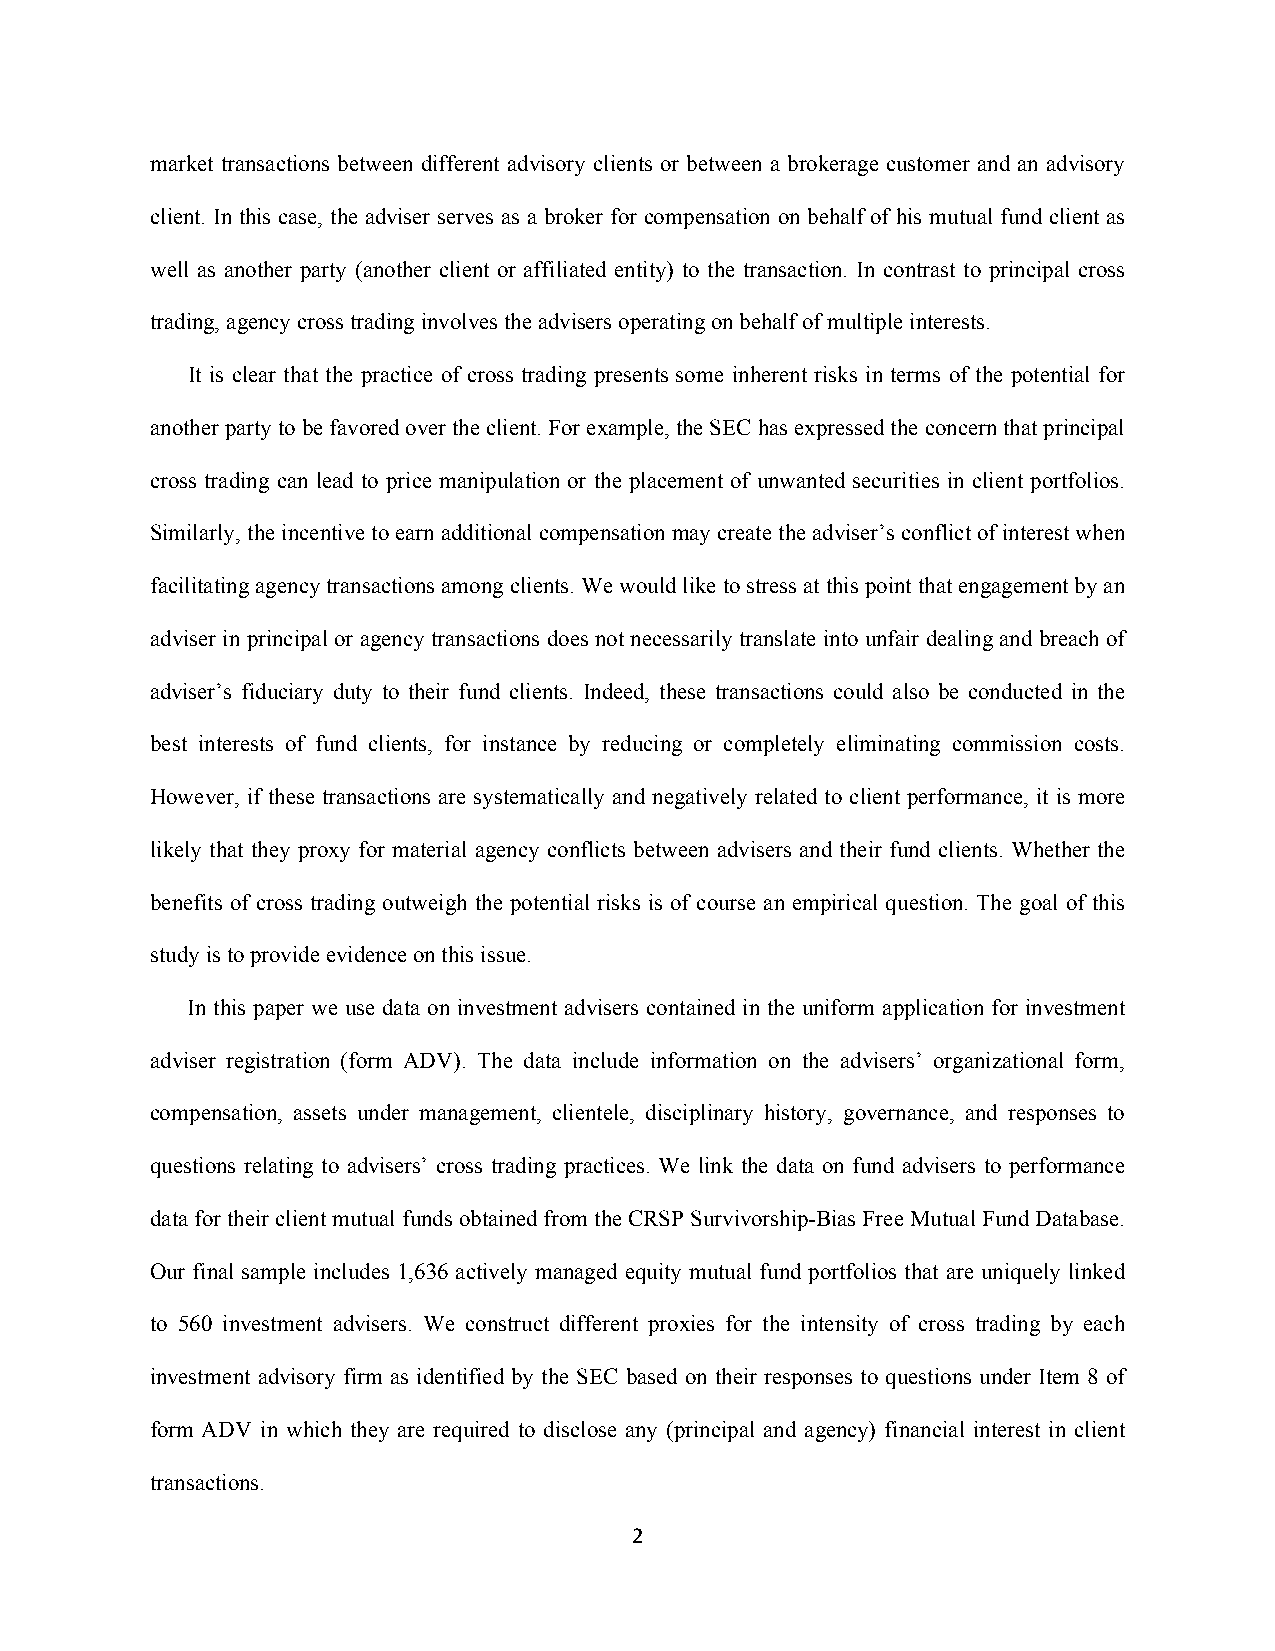
market transactions between different advisory clients or between a brokerage customer and an advisory
 client. In this case, the adviser serves as a broker for compensation on behalf of his mutual fund client as
 well as another party (another client or affiliated entity) to the transaction. In contrast to principal cross
 trading, agency cross trading involves the advisers operating on behalf of multiple interests.
 It is clear that the practice of cross trading presents some inherent risks in terms of the potential for
 another party to be favored over the client. For example, the SEC has expressed the concern that principal
 cross trading can lead to price manipulation or the placement of unwanted securities in client portfolios.
 Similarly, the incentive to earn additional compensation may create the adviser’s conflict of interest when
 facilitating agency transactions among clients. We would like to stress at this point that engagement by an
 adviser in principal or agency transactions does not necessarily translate into unfair dealing and breach of
 adviser’s fiduciary duty to their fund clients. Indeed, these transactions could also be conducted in the
 best interests of fund clients, for instance by reducing or completely eliminating commission costs.
 However, if these transactions are systematically and negatively related to client performance, it is more
 likely that they proxy for material agency conflicts between advisers and their fund clients. Whether the
 benefits of cross trading outweigh the potential risks is of course an empirical question. The goal of this
 study is to provide evidence on this issue.
 In this paper we use data on investment advisers contained in the uniform application for investment
 adviser registration (form ADV). The data include information on the advisers’ organizational form,
 compensation, assets under management, clientele, disciplinary history, governance, and responses to
 questions relating to advisers’ cross trading practices. We link the data on fund advisers to performance
 data for their client mutual funds obtained from the CRSP Survivorship-Bias Free Mutual Fund Database.
 Our final sample includes 1,636 actively managed equity mutual fund portfolios that are uniquely linked
 to 560 investment advisers. We construct different proxies for the intensity of cross trading by each
 investment advisory firm as identified by the SEC based on their responses to questions under Item 8 of
 form ADV in which they are required to disclose any (principal and agency) financial interest in client
 transactions.
 2